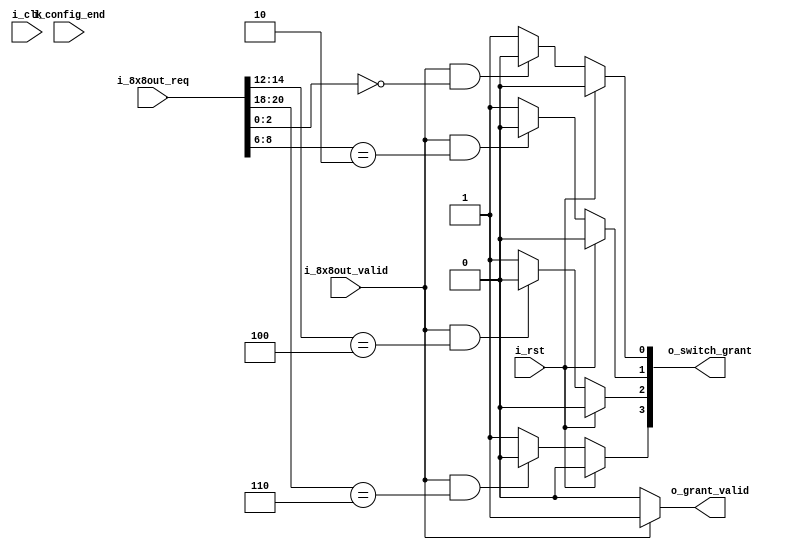
`timescale 1ns / 1ps
//////////////////////////////////////////////////////////////////////////////////
// Company: 
// Engineer: 
// 
// Design Name: 
// Module Name: Optical_8x8_OUT
// Project Name: 
// Target Devices: 
// Tool Versions: 
// Description: 
// 
// Dependencies: 
// 
// Revision:
// Revision 0.01 - File Created
// Additional Comments:
// 
//////////////////////////////////////////////////////////////////////////////////


module Optical_8x8ctrl_OUT#(
    parameter       P_BAR       =   1'b0,
    parameter       P_CROSS     =   1'b1,
    parameter       P_DSTWIDTH  =   3   ,
    parameter       P_PORTNUM   =   8   ,
    parameter       P_SWITCHNUM =   4      
)(
    input                                   i_clk           ,
    input                                   i_rst           ,

    input  [P_DSTWIDTH*P_PORTNUM - 1:0]     i_8x8out_req    ,
    input                                   i_8x8out_valid  ,
    output [P_SWITCHNUM - 1:0]              o_switch_grant  ,
    output                                  o_grant_valid   ,

    input                                   i_config_end             
);
/***************function**************/

/***************parameter*************/

/***************port******************/             

/***************mechine***************/

/***************reg*******************/
reg  [P_DSTWIDTH*P_PORTNUM - 1:0]   ri_8x8out_req   ;
reg                                 ri_8x8out_valid ;
reg  [P_SWITCHNUM - 1:0]            ro_switch_grant ;
reg                                 ro_grant_valid  ;
/***************wire******************/

/***************component*************/

/***************assign****************/
assign o_switch_grant = ro_switch_grant;
assign o_grant_valid  = i_8x8out_valid ? 1'b1 : 1'b0 ;
/***************always****************/
always @(posedge i_clk or posedge i_rst)begin
    if(i_rst)begin
        ri_8x8out_req   <= 'd0;
        ri_8x8out_valid <= 'd0;
    end
    else begin
        ri_8x8out_req   <= i_8x8out_req  ;
        ri_8x8out_valid <= i_8x8out_valid;        
    end
end

genvar i;
generate
    for(i = 0 ; i < P_SWITCHNUM ; i = i + 1)begin
        always @(*)begin
            if(i_rst)
                ro_switch_grant[i] = 'd0;
            else if(i_8x8out_valid && (i_8x8out_req[3*2*i +: 3] == (2*i)))
                ro_switch_grant[i] = P_BAR;
            else
                ro_switch_grant[i] = P_CROSS;
        end
    end
endgenerate

always @(posedge i_clk or posedge i_rst)begin
    if(i_rst)
        ro_grant_valid <= 'd0;
    else if(i_config_end)
        ro_grant_valid <= 'd0;
    else if(ri_8x8out_valid)
        ro_grant_valid <= 'd1;    
    else
        ro_grant_valid <= 'd0;
end

endmodule